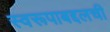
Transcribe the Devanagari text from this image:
स्वरूपाबद्दलची